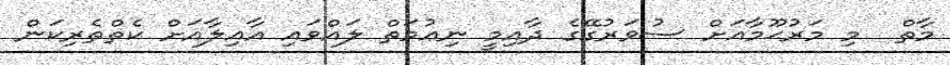
މާތް  މި މަރުޙޫމާއަށް ސުވަރުގޭގެ ދާއިމީ ނިޢުމަތް ލައްވައި އާއިލާއަށް ކެތްތެރިކަން